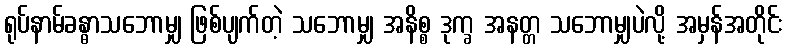
ရုပ်နာမ်ခန္ဓာသဘောမျှ ဖြစ်ပျက်တဲ့ သဘောမျှ အနိစ္စ ဒုက္ခ အနတ္တ သဘောမျှပဲလို့ အမှန်အတိုင်း